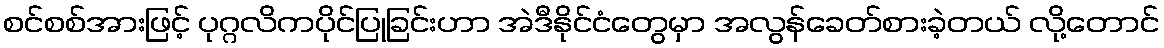
စင်စစ်အားဖြင့် ပုဂ္ဂလိကပိုင်ပြုခြင်းဟာ အဲဒီနိုင်ငံတွေမှာ အလွန်ခေတ်စားခဲ့တယ် လို့တောင်